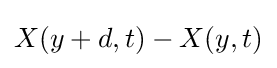
X(y+d,t)-X(y,t)